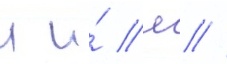
л и́ лв //